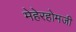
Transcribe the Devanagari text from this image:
मेहेरहोमजी